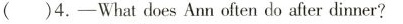
( )4.-What does Ann often do after dinner?